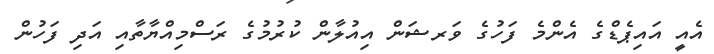
އެއީ އައިޕެޑްގެ އެންމެ ފަހުގެ ވަރޝަން އިއުލާން ކުރުމުގެ ރަސްމިއްޔާތާއި އަދި ފަހުން